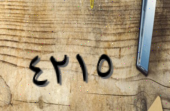
٤٢١٥